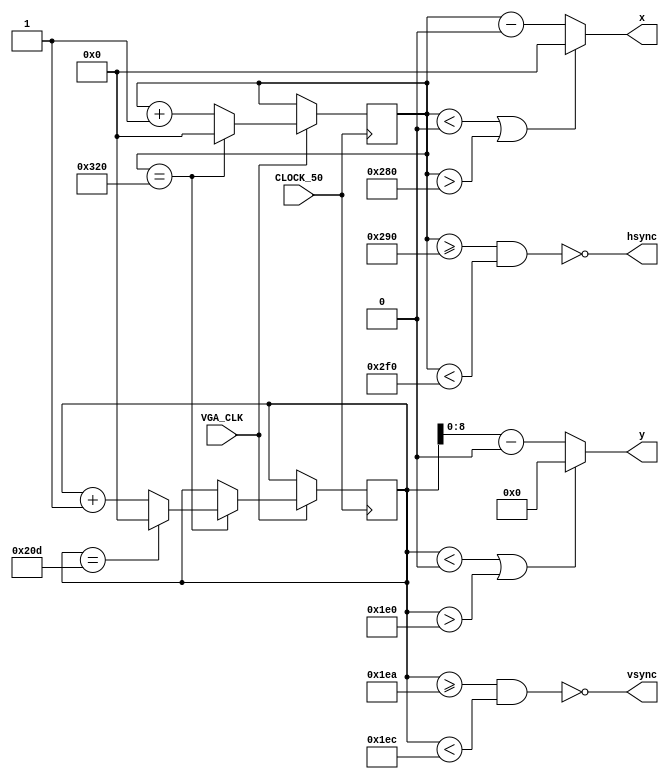
module vga640x480(
    input CLOCK_50,       // FPGA base clock
    input VGA_CLK,   // standard VGA clock
    output wire hsync,       // horizontal sync
    output wire vsync,       // vertical sync
    output wire [9:0] x,  // current pixel x position: 10-bit value: 0-1023
    output wire [8:0] y   // current pixel y position:  10-bit value: 0-511
    );

	 //HORIZONTAL
    localparam Hsync_start = 640 + 16;          
    localparam Hsync_end = 640 + 16 + 96;        
    localparam Hactive_start = 0;    
    localparam Hactive_end = 640; 
	 
	 //VERTICAL
    localparam Vsync_start = 480 + 10;        		 
    localparam Vsync_end = 480 + 10 + 2;    		   
	 localparam Vactive_start = 0 ;        
    localparam Vactive_end = 480;   
	 
    localparam LINE   = 800;               // complete line (pixels)
    localparam SCREEN = 525;               // complete screen (lines)

    reg [9:0] h_count = 0;  // line position:   10-bit value: 0-1023
    reg [9:0] v_count = 0;  // screen position: 10-bit value: 0-1023


    // generate horizontal and vertical sync signals (both active low for 640x480)
    assign hsync = ~((h_count >= Hsync_start) & (h_count < Hsync_end));
    assign vsync = ~((v_count >= Vsync_start) & (v_count < Vsync_end));

	 // If x and y are outside active pixel region, they should be 0 to work properly
	 assign x = (h_count < Hactive_start || h_count > Hactive_end) ? 0 : (h_count - Hactive_start); 
	 assign y = (v_count < Vactive_start || v_count > Vactive_end) ? 0 : (v_count - Vactive_start); 
	 
    always @ (posedge CLOCK_50)
    begin
			if (VGA_CLK) begin  // once per pixel

				if (h_count == LINE) begin // end of line
					h_count <= 0;
					if (v_count == SCREEN)  v_count <= 0;  // end of screen
					else v_count <= v_count + 1;
				end else h_count <= h_count + 1;
			end
    end
endmodule